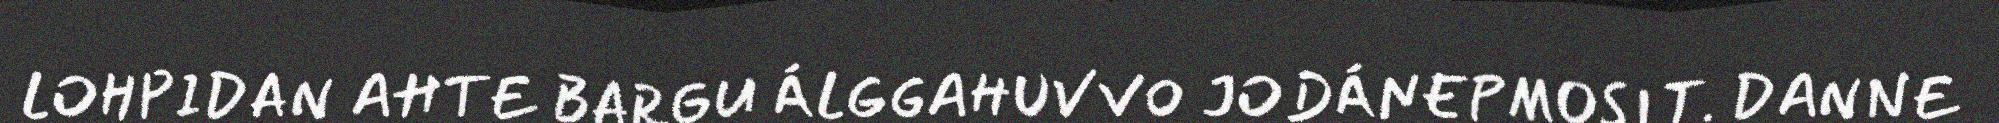
LOHPIDAN AHTE BARGU ÁLGGAHUVVO JODÁNEPMOSIT. DANNE